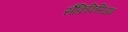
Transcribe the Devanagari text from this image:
सैक्रिफिसिंअम